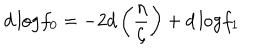
LaTeX: d \, \mathrm { l o g } f _ { 0 } = - 2 d \left( \frac { \eta } { \zeta } \right) + d \, \mathrm { l o g } f _ { 1 }